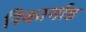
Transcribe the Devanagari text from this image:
रिकार्नाड